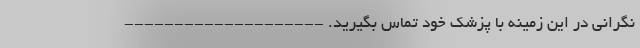
نگرانی در این زمینه با پزشک خود تماس بگیرید. --------------------